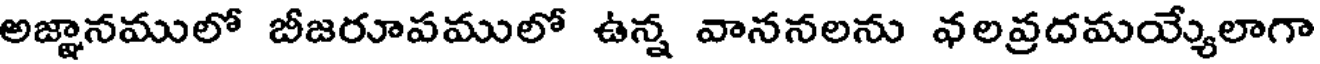
అజ్ఞానములో బీజరూపములో ఉన్న వాననలను వలవ్రదమయ్యేలాగా